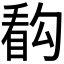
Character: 𰥰